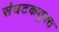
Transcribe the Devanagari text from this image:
संघटकयुक्त